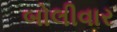
બોલીવાર